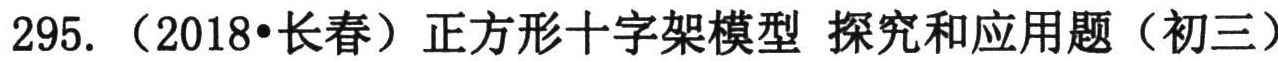
295. （2018•长春）正方形十字架模型 探究和应用题（初三）